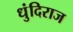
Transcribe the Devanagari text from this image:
धुंदिराज